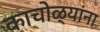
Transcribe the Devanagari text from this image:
काचोळ्यांना